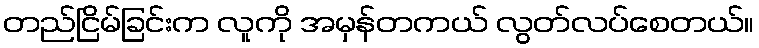
တည်ငြိမ်ခြင်းက လူကို အမှန်တကယ် လွတ်လပ်စေတယ်။